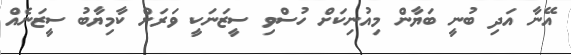
އޭނާ އަދި ބުނީ ބަޔާން މިއުނިކަށް ހުސްވި ސީޒަނަކީ ވަރަށް ކާމިޔާބު ސީޒަނެއް